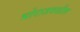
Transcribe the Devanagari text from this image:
भोराजवळील